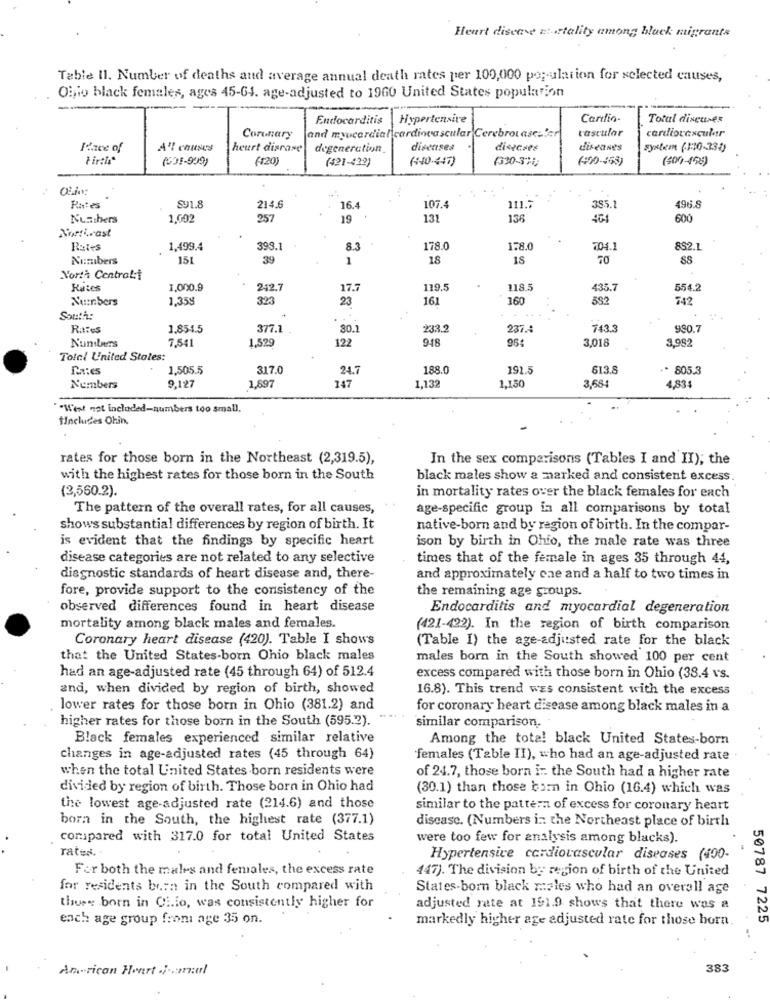
Heart disease nt tality among black migrants
Table Il. Number of deaths and average annual death rates per 100,000 population for selected causes,
Oinfo black females, ages 45-64. age-adjusted to 1960 United States population
Endocarditis
Hypertensive
Carlio-
Total diseases
and myocardial cardiovascular Cerebrovascular
vascular
cardiovascular
Coronary
Place of
A'l causes
heurt disease
degeneration
diseases
disęciee
diseases
system (1:10-330)
Firth"
(091-999)
(120)
(421-422)
(440-447)
(330-3%)
(+00-155)
(50)-198)
111 .:
Rutes
SU1.8
214.6
16.4
107.4
385.1
496.8
Nusthers
1,002
257
19
131
136
404
600
Northeast
Rates
1,499.4
398.1
8.3
178.0
178.
704.1
852.1
Numbers
151
39
1
18
18
70
North Central:
Rates
1.000.9
242.7
17.7
119.5
118.5
435.7
554.2
Numbers
1.358
323
23
161
160
582
742
South:
Rates
1.854.5
377.1
30.1
233.2
237.4
743.3
980.7
7.541
1,529
122
948
3,018
Total United States:
1,505.5
317.0
24.7
188.0
192.5
613.8
.. 805.3
9.127
1,897
1,13
4,83
Numbers
147
1,150
3,684
""West not included-numbers too small.
tIncluides Ohin.
rates for those born in the Northeast (2,319.5),
In the sex comparisons (Tables I and II); the
with the highest rates for those born in the South
black males show a marked and consistent excess.
(2,560.2)
in mortality rates over the black females for each
The pattern of the overall rates, for all causes,
age-specific group is all comparisons by total
shows substantial differences by region of birth. It
native-born and by region of birth. In the compar-
is evident that the findings by specific heart
ison by birth in Ohio, the male rate was three
disease categories are not related to any selective
times that of the female in ages 35 through 44,
diagnostic standards of heart disease and, there-
and approximately cae and a half to two times in
fore, provide support to the consistency of the
the remaining age groups.
observed differences found in heart disease
Endocarditis and myocardial degeneration
mortality among black males and females.
(421-422). In the region of birth comparison
Coronary heart disease (420). Table I shows
(Table I) the age-adjusted rate for the black
that the United States-born Ohio black males
males born in the South showed 100 per cent
had an age-adjusted rate (45 through 64) of 512.4
excess compared with those born in Ohio (38.4 vs.
and, when divided by region of birth, showed
16.8). This trend was consistent with the excess
lower rates for those born in Ohio (381.2) and
for coronary heart disease among black males in a
higher rates for those born in the South (595.2).
similar comparison.
Black females experienced similar relative
Among the total black United States-born
changes in age-adjusted rates (45 through 64)
females (Table II), who had an age-adjusted rate .
when the total United States born residents were
of 24.7, those born in the South had a higher rate
divided by region of birth. Those born in Ohio had
(30.1) than those born in Ohio (16.4) which was
the lowest age-adjusted rate (214.6) and those
similar to the pattern of excess for coronary heart
born in the South, the highest rate (377.1)
disease. (Numbers in the Northeast place of birth
compared with 317.0 for total United States
were too few for analysis among blacks).
rates.
Hypertensive cardiovascular diseases (400-
For both the males and females, the excess rate
447). The division by region of birth of the United
for residents born in the South compared with
States-born black males who had an overall age
those born in Ci.lo, was consistently higher for
adjusted rate at 191.9 shows that there was a
ench age group from age 35 on.
markedly higher age adjusted rate for those born.
50787 7225
American Heart Jamal
383